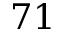
7 1